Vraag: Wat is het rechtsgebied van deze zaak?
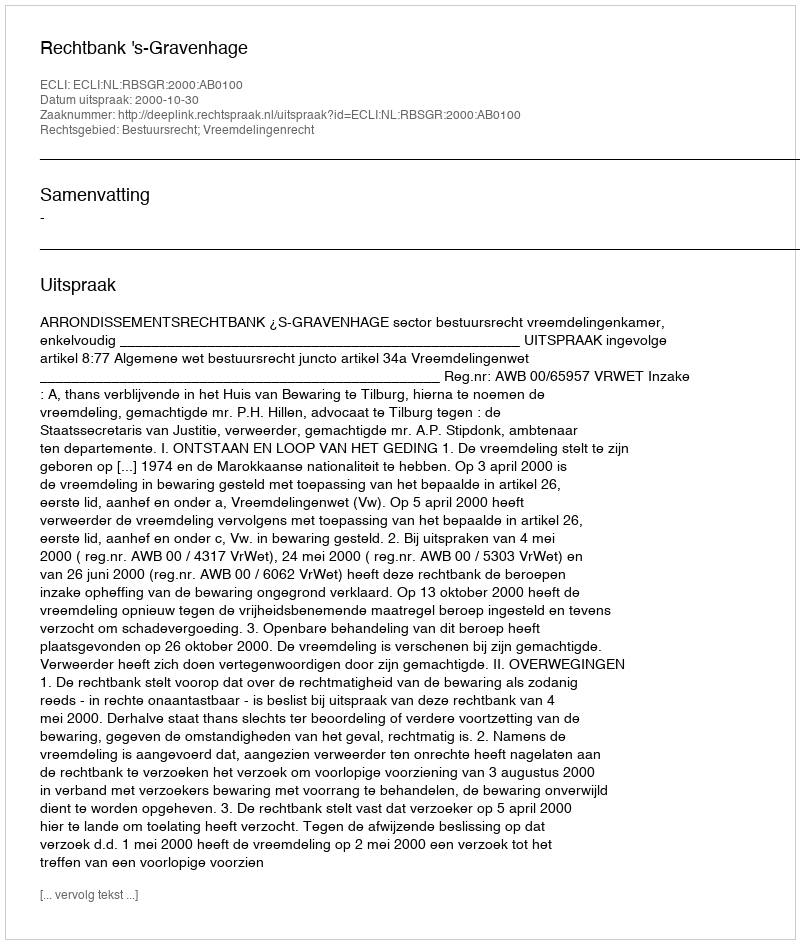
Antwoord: Bestuursrecht; Vreemdelingenrecht